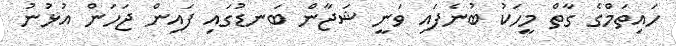
ހައިތަމްގެ ގާތް މީހަކު ބުނެފައި ވަނީ ޝަޖާން ބަނޑުގައި ފައިން ޖަހަން އުޅުނު